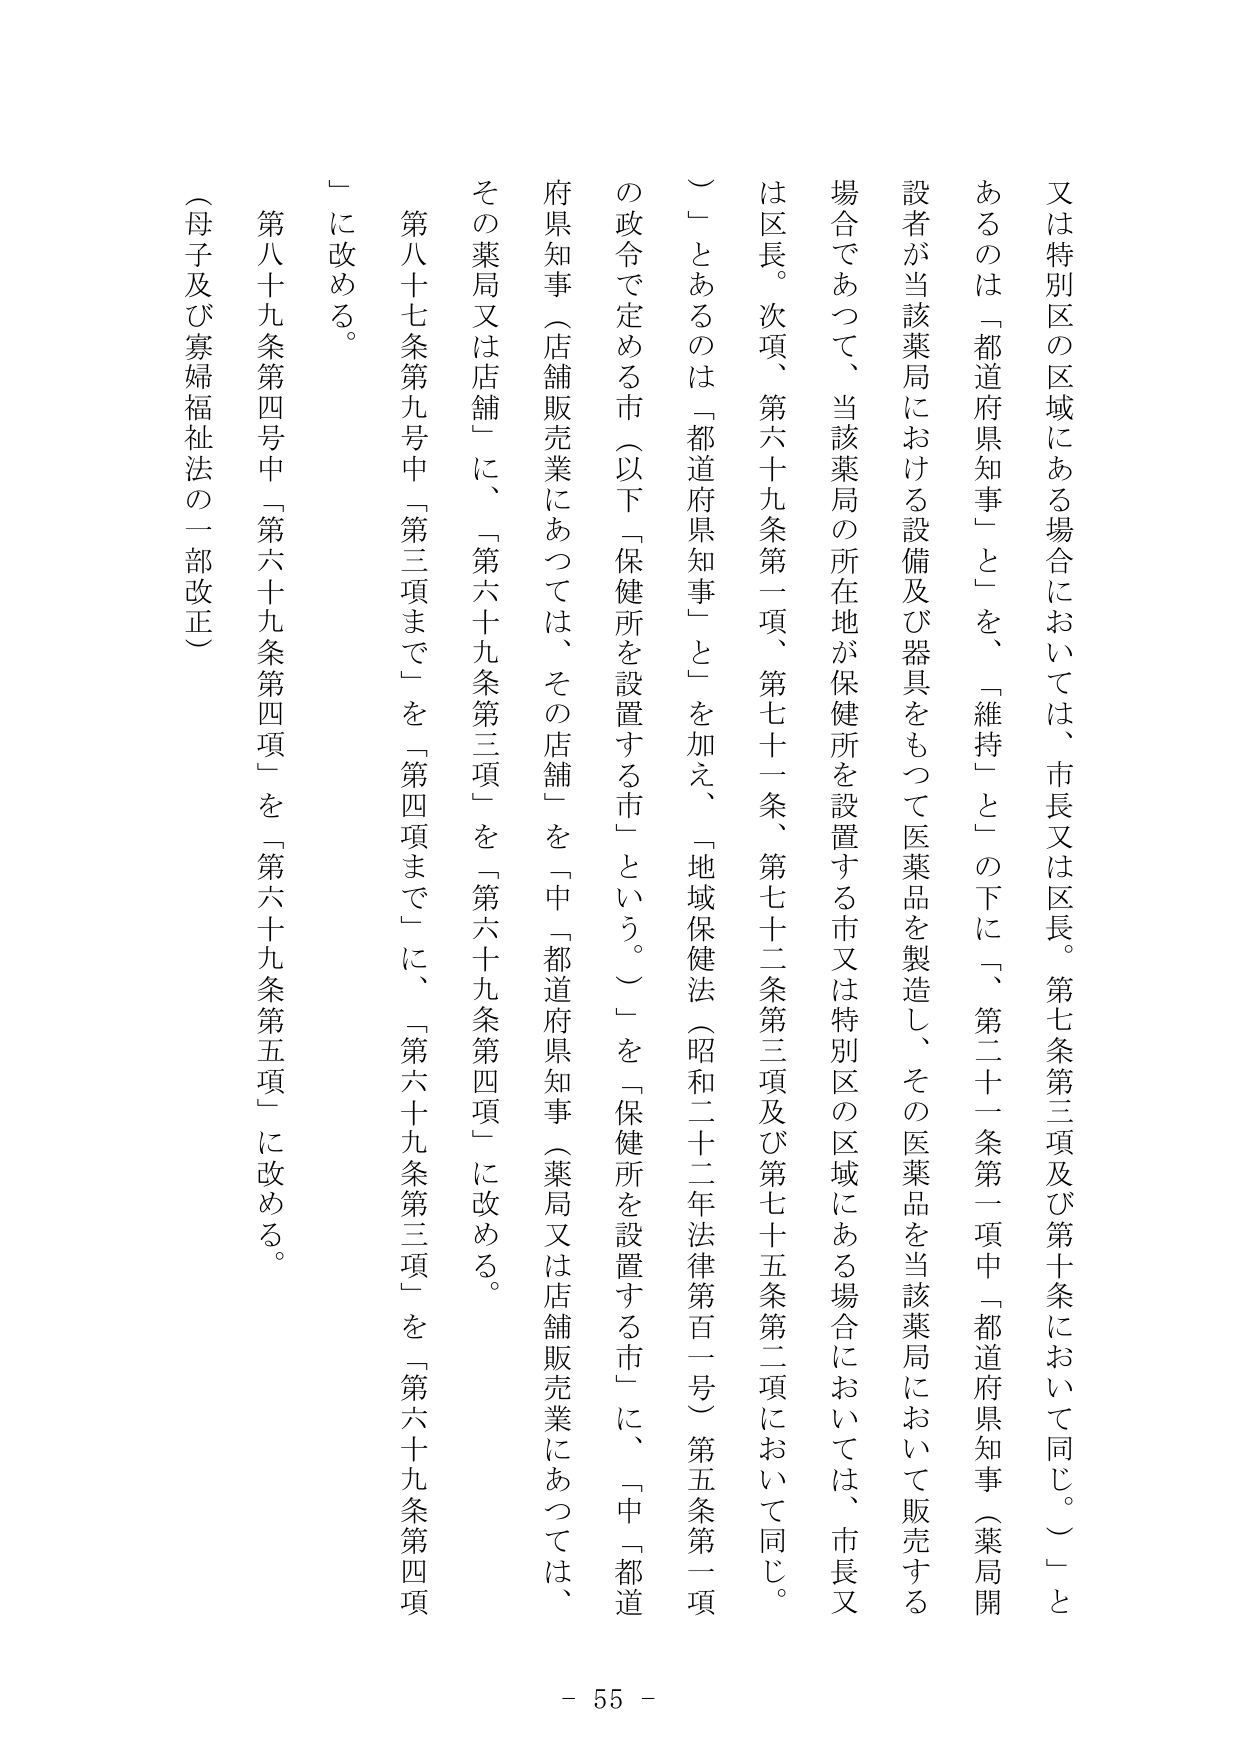
又は特別区の区域にある場合においては、市長又は区長。第七条第三項及び第十条において同じ。」とあるのは「都道府県知事」と「を、「維持」と」の下に、「第二十一条第一項中「都道府県知事（薬局開設者が当該薬局における設備及び器具をもつて医薬品を製造し、その医薬品を当該薬局において販売する場合であつて、当該薬局の所在地が保健所を設置する市又は特別区の区域にある場合においては、市長又は区長。次項、第六十九条第一項、第七十一条、第七十二条第三項及び第七十五条第二項において同じ。」とあるのは「都道府県知事」と」を加え、「地域保健法（昭和二十二年法律第百一号）第五条第一項の政令で定める市（以下「保健所を設置する市」という。）」を「保健所を設置する市」に、「中「都道府県知事（店舗販売業にあつては、その店舗」を「中「都道府県知事（薬局又は店舗販売業にあつては、その薬局又は店舗」に、「第六十九条第三項」を「第六十九条第四項」に改める。第八十七条第九号中「第三項まで」を「第四項まで」に、「第六十九条第三項」を「第六十九条第四項」に改める。第八十九条第四号中「第六十九条第四項」を「第六十九条第五項」に改める。（母子及び寡婦福祉法の一部改正） - 55 -